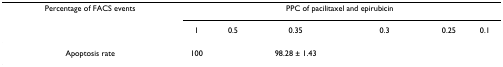
<table><thead><tr><td><b>Percentage of FACS events</b></td><td colspan="6"><b>PPC of pacilitaxel and epirubicin</b></td></tr><tr><td>[EMPTY_CELL]</td><td><b>1</b></td><td><b>0.5</b></td><td><b>0.35</b></td><td><b>0.3</b></td><td><b>0.25</b></td><td><b>0.1</b></td></tr></thead><tbody><tr><td>Apoptosis rate</td><td>100</td><td>[EMPTY_CELL]</td><td>98.28 ± 1.43</td><td>[EMPTY_CELL]</td><td>[EMPTY_CELL]</td><td>[EMPTY_CELL]</td></tr></tbody></table>